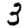
Digit: 3